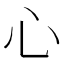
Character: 心